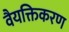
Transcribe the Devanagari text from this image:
वैयक्तिकरण